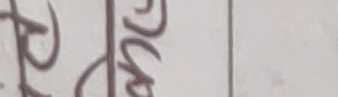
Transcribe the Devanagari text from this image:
रुसु